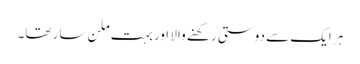
ہر ایک سے دوستی رکھنے والا اور بہت ملن سار تھا۔